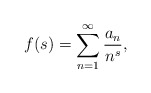
\begin{align*}f(s)=\sum_{n=1}^\infty \frac{a_n}{n^s},\end{align*}